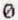
0